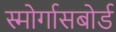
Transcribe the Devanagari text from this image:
स्मोर्गासबोर्ड